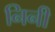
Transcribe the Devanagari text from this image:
निनी